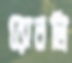
রোনলি